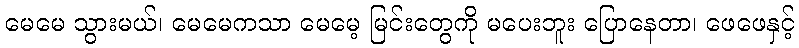
မေမေ သွားမယ်၊ မေမေကသာ မေမေ့ မြင်းတွေကို မပေးဘူး ပြောနေတာ၊ ဖေဖေနှင့်